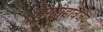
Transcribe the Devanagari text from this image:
नरसिंहविजय